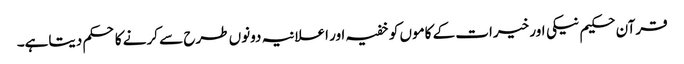
قرآن حکیم نیکی اور خیرات کے کاموں کو خفیہ اور اعلانیہ دونوں طرح سے کرنے کا حکم دیتاہے۔